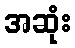
အဆုံး